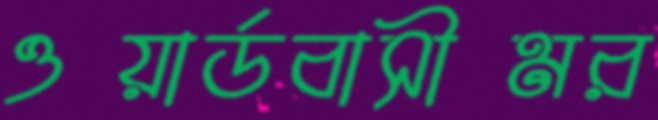
ওয়ার্ডবাসীমর